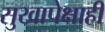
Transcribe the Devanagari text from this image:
सुखापेक्षाही